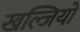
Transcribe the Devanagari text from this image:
खल्जियों